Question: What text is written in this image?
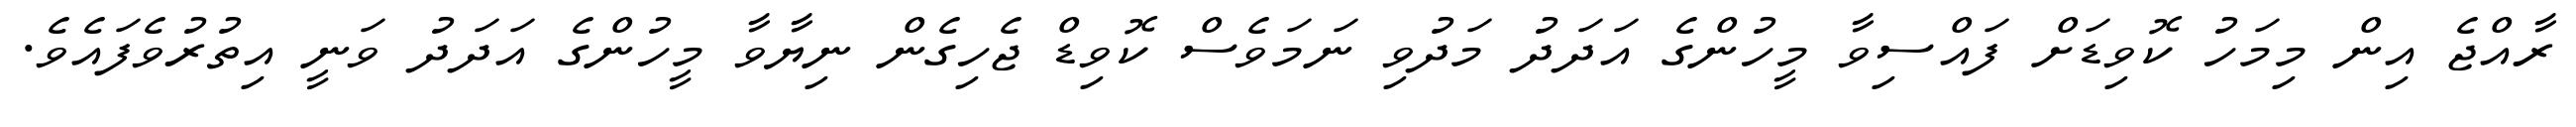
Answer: ރާއްޖެ އިން މިމަހު ކޮވިޑަށް ފައްސިވާ މީހުންގެ އަދަދު މަދުވި ނަމަވެސް ކޮވިޑް ޖެހިގެން ނިޔާވާ މީހުންގެ އަދަދު ވަނީ އިތުރުވެފައެވެ.